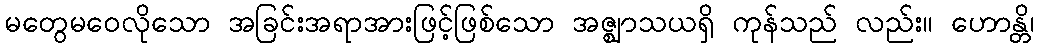
မတွေမဝေလိုသော အခြင်းအရာအားဖြင့်ဖြစ်သော အဇ္ဈာသယရှိ ကုန်သည် လည်း။ ဟောန္တိ၊